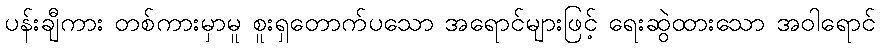
ပန်းချီကား တစ်ကားမှာမူ စူးရှတောက်ပသော အရောင်များဖြင့် ရေးဆွဲထားသော အဝါရောင်